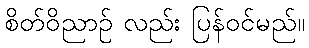
စိတ်ဝိညာဉ် လည်း ပြန်ဝင်မည်။